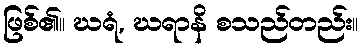
ဖြစ်၏။ ဃရံ, ဃရာနိ စသည်တည်း။